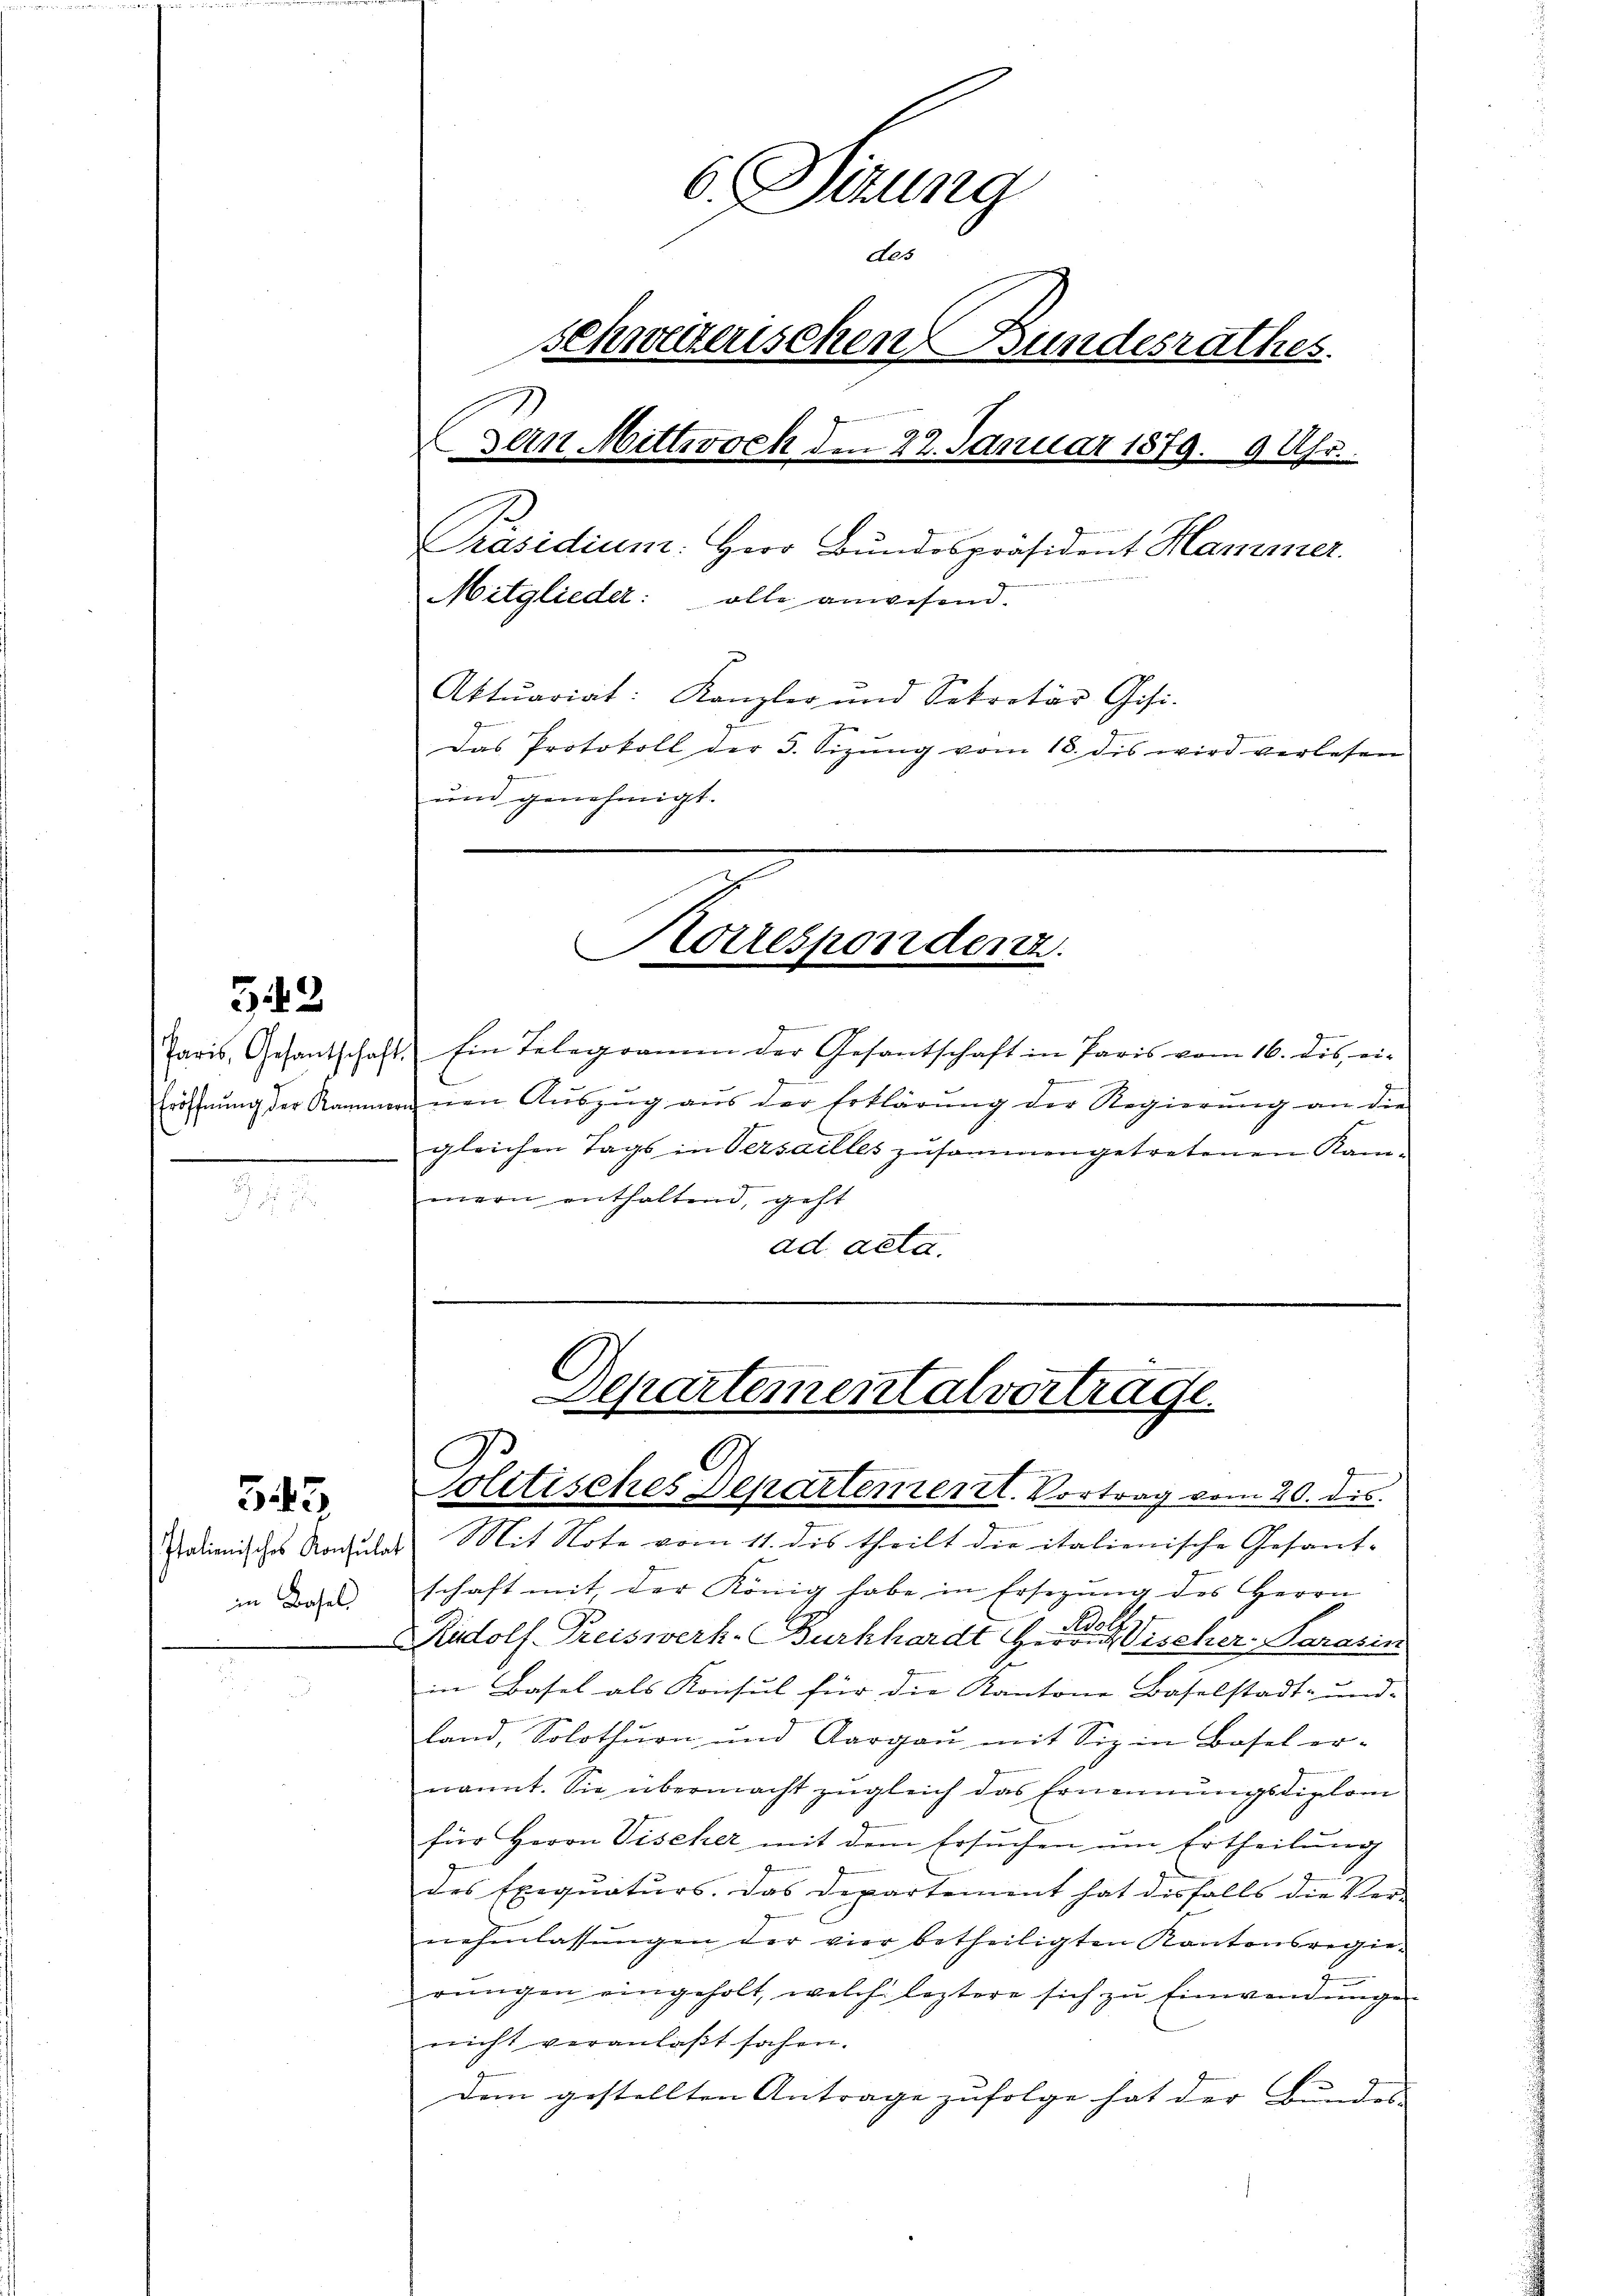
542

in Basels

543

6. Sierung
Aes
schweizerischen Bundesrathes.
Bern Mittwoch den 22. Januar 1879. 9 Uhr.
Präsidium. Herr Bundespräsident Hammer.
Mitglieder: alle anwesend.
Aktuariat: Kanzler und Sekretär Gisi-
g
Das Protokoll der 3. Sizung vom 18. dis wird verlesen
und genehmigt.

Paris, Gesantschaft. Ein Telegramm der Gesantschaft in Paris vom 16. dis ei-
Eröffnŭng der Kammern nen Aŭszŭg aŭs der Erklärŭng der Regierŭng an die
gleichen Tags in Versailles zusammengetretenen Kammern enthaltend, geht
ad acta.

Korrespondenz.

Departementalvertrage.
Politisches Departement. Vortrag vom 20. ds.

salienisches Konsulas Mit Note vom 11. des theilt die italienische Gesant-
schaft mit der König habe in Ersezung des Herrn
Rudolf Preiswerk- Burkhardt Herr Vischer-Sarasin
in Basel als Konsul für die Kantone Baselstadt- und
land, Solothurn und Aargau mit Siz in Basel er-
nannt. Sie übermacht zugleich das Ernennungsdiplom
für Herrn Vischer mit dem Ersuchen um Ertheilung
des Exequaturs. Das Departement hat diesfalls die Ver- |
nehmlassungen der vier betheiligten Kantonsregierŭngen eingeholt, welche leztere sich zu Einwendŭngen
nicht veranlaßt sahen.
dem gestellten Antrage zufolge hat der Bundes